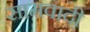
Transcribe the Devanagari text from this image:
सामवादी